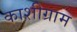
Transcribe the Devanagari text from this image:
काशीग्राम